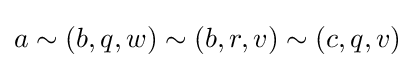
a\sim \left(b,q,w\right)\sim \left(b,r,v\right)\sim \left(c,q,v\right)